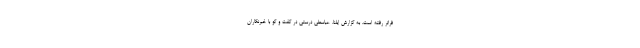
فراتر رفته است. به گزارش ایلنا، عباسعلی درستی در گفت و گو با خبرنگاران